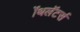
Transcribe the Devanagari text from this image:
ॲथलॅटर्स